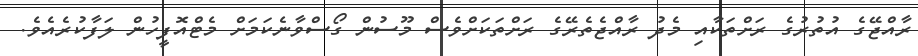
ރާއްޖޭގެ އުތުރުގެ ރަށްތަކާއި މެދު ރާއްޖެތެރޭގެ ރަށްތަކަށްވެސް މޫސުން ގޯސްވާނެކަމަށް މެޓްއޮފީހުން ލަފާކުރެއެވެ.